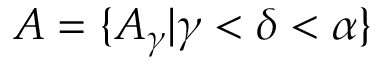
A = \{ A _ { \gamma } | \gamma < \delta < \alpha \}